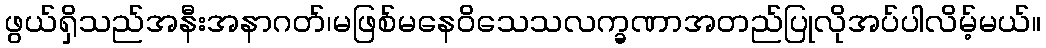
ဖွယ်ရှိသည်အနီးအနာဂတ်၊မဖြစ်မနေဝိသေသလက္ခဏာအတည်ပြုလိုအပ်ပါလိမ့်မယ်။